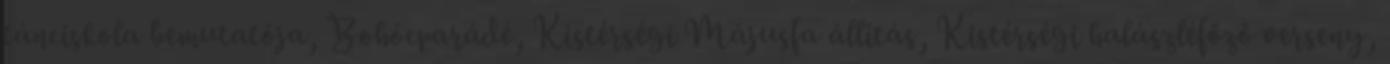
tánciskola bemutatója, Bohócparádé, Kistérségi Májusfa állítás, Kistérségi halászléfőző verseny,